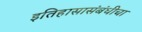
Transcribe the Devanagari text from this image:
इतिहासासंबंधीचा